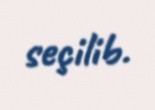
seçilib.